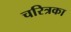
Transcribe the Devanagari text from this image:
चरित्रका